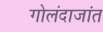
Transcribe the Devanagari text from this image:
गोलंदाजांत